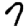
Digit: 7